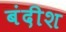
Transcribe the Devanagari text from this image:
बंदीश